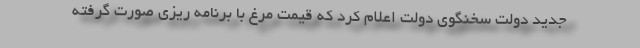
جدید دولت سخنگوی دولت اعلام کرد که قیمت مرغ با برنامه ریزی صورت گرفته